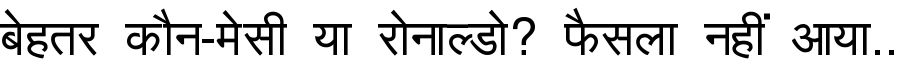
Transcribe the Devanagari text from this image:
बेहतर कौन-मेसी या रोनाल्डो? फैसला नहीं आया..